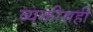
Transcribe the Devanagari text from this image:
व्यक्तीसही